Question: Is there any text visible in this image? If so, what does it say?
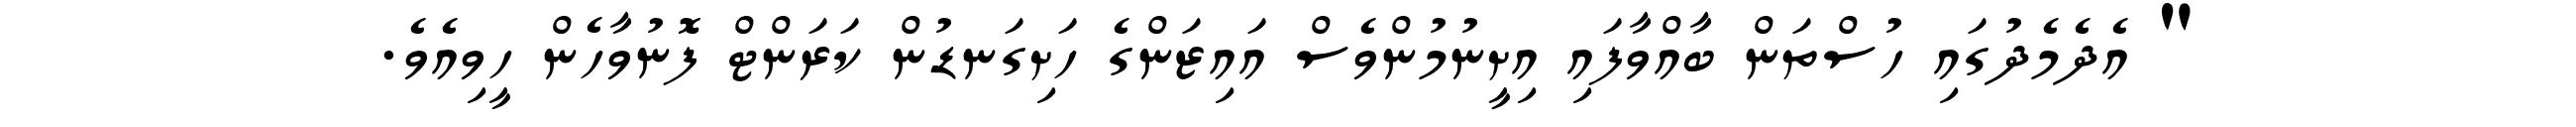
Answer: " އެދެމެދުގައި ހުސްތަން ބާއްވާފައި އިށީނުމުންވެސް އައިޒަންގެ ހަށިގަނޑުން ކަރަންޓް ފޮނުވާހެން ހީވިއެވެ.